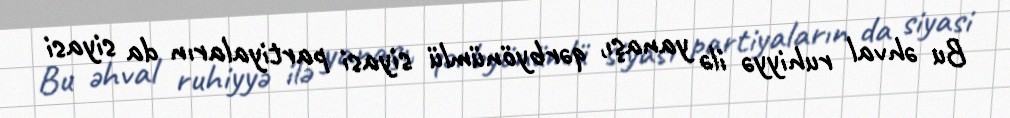
Bu əhval ruhiyyə ilə yanaşı, qərbyönümlü siyasi partiyaların da siyasi